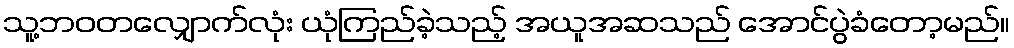
သူ့ဘဝတလျှောက်လုံး ယုံကြည်ခဲ့သည့် အယူအဆသည် အောင်ပွဲခံတော့မည်။